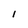
Character: l